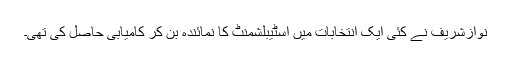
نوازشریف نے کئی ایک انتخابات میں اسٹیبلشمنٹ کا نمائندہ بن کر کامیابی حاصل کی تھی۔